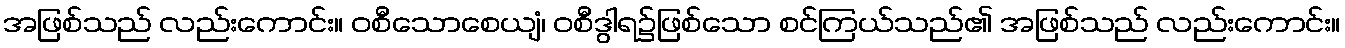
အဖြစ်သည် လည်းကောင်း။ ဝစီသောစေယျံ၊ ဝစီဒွါရ၌ဖြစ်သော စင်ကြယ်သည်၏ အဖြစ်သည် လည်းကောင်း။